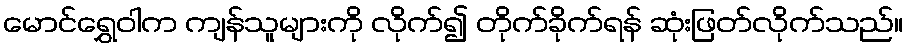
မောင်ရွှေဝါက ကျန်သူများကို လိုက်၍ တိုက်ခိုက်ရန် ဆုံးဖြတ်လိုက်သည်။